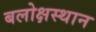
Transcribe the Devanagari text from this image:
बलोक्षस्थान